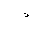
Letter: _thal